Burma Government Medical School reports 1923-41
Year: 1923
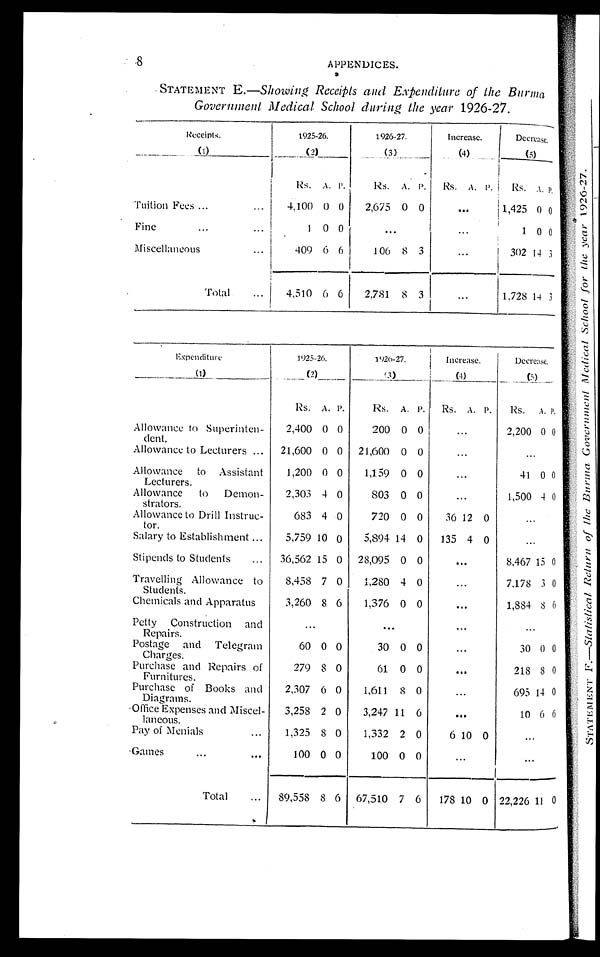
STATEMENT E.—Showing Receipts and Expenditure of the Burma
Government Medical School during the year 1926-27.
Receipts.
1925-26.
1926-27.
Increase.
Decrease.
(1)
(2)
(3)
(4)
(5)
Rs. A. P .
Rs. A. P. Rs. A. P.
Rs. A. P .
Tuition Fees ...
...
4,100 0 0
2,675 0 0
. . .
1,425 0 0
Fine... 1
0 0
...
...
1 0 0
Miscellaneous
409 6 6
106 8 3
...
302 14 3
Total
...
4,510 6 6
2,781 8 3
...
1,728 14 3
Expenditure
1925-26.
1926-27.
Increase.
Decrease.
(1)
(2)
(3)
(4)
(5)
Rs. A. P.
Rs. A. P. Rs. A. P.
Rs. A. P.
Allowance to Superinten-
dent.
2,400 0 0
200 0
0
...
2,200 0 0
Allowance to Lecturers ...
21,600 0 0 21,600 0 0
• -
...
Allowance to Assistant
Lecturers.
1,200 0 0
1,159 0
0
...
41 0 0
Allowance to Demon-
strators.
2,303 4 0
803 0
0
...
1,500 4 0
Allowance to Drill Instruc-
tor.
683 4 0
720 0 0
36 12 0
...
Salary to Establishment ...
5,759 10 0
5,894 14 0
135 4 0
...
Stipends to Students
...
36,562 15 0 28,095 0 0
...
8,467 15 0
Travelling Allowance to
Students.
8,458 7 0
1,280 4 0
...
7,178 3 0
Chemicals and Apparatus
3,260 8 6
1,376 0 0
...
1,884 8 0
Petty Construction and
Repairs.
...
. . .
...
...
Postage and Telegram
Charges.
60 0 0
30 0 0
...
30 0 0
Purchase and Repairs of
Furnitures.
279
8 0
61 0 0
...
218 8 0
Purchase of Books and
Diagrams.
2,307 6 0
1,611 8
...
695 14 0
Office Expenses and Miscel-
laneous.
3,258 2 0
3,247 11 6
...
10 6 60
Pay of Menials
...
1,325 8 0
1,332 2 0
6 10 0
...
Games
... ...
100 0 0
100 0 0
. ..
...
Total
89,558 8 6 67,510 7 6
178 10 0 22,226 11 0